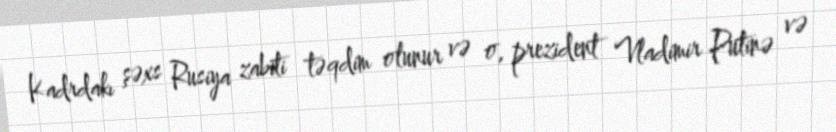
Kadrdakı şəxs Rusiya zabiti təqdim olunur və o, prezident Vladimir Putinə və